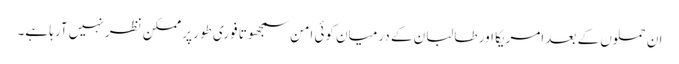
ان حملوں کے بعد امریکا اور طالبان کے درمیان کوئی امن سمجھوتا فوری طور پر ممکن نظر نہیں آرہا ہے۔